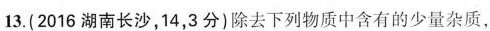
13.（2016湖南长沙，14,3分）出去下列吴志忠含有的少量杂质，